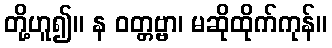
တို့ဟူ၍။ န ဝတ္တဗ္ဗာ၊ မဆိုထိုက်ကုန်။